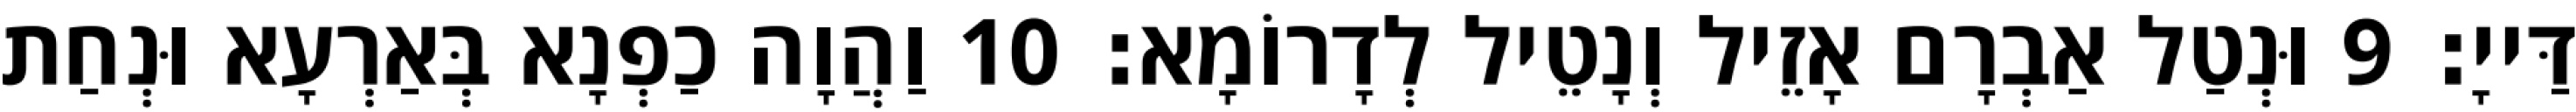
דַּייָ׃ 9 וּנְטַל אַבְרָם אָזֵיל וְנָטֵיל לְדָרוֹמָא׃ 10 וַהֲוָה כַפְנָא בְּאַרְעָא וּנְחַת